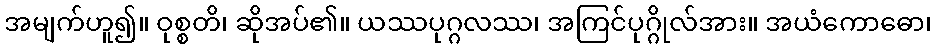
အမျက်ဟူ၍။ ဝုစ္စတိ၊ ဆိုအပ်၏။ ယဿပုဂ္ဂလဿ၊ အကြင်ပုဂ္ဂိုလ်အား။ အယံကောဓော၊